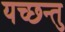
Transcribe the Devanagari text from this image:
यच्छन्तु